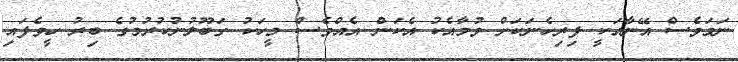
ނަމަވެސް އޭނާއަކީ ފިރިހެނަކަށް ވުމާއެކު އެކަން އެއްވެސް މީހަކު ގަބޫލުނުކުރުމުގެ ބިރު ހީވެފައި